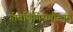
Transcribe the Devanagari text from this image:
गीर्वाणगिरागौरवम्